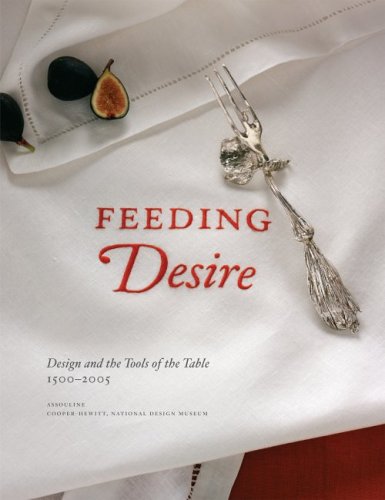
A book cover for Feeding Desire: Design and the Tools of the Table, 1500-2005; Sarah D. Coffin; Cookbooks, Food & Wine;